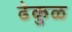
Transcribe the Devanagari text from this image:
ढेकुळ